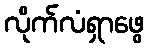
လိုက်လံရှာဖွေ